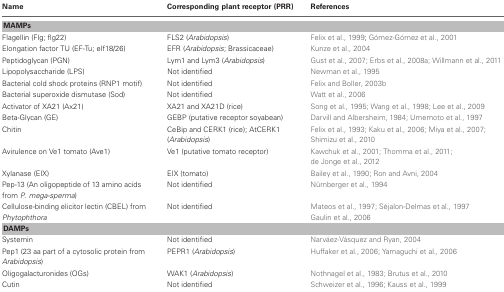
<table><thead><tr><td><b>Name</b></td><td><b>Corresponding plant receptor (PRR)</b></td><td><b>References</b></td></tr></thead><tbody><tr><td colspan="3"><b>MAMPs</b></td></tr><tr><td>Flagellin (Flg; flg22)</td><td>FLS2 (<i>Arabidopsis</i>)</td><td>Felix et al., 1999; Gómez-Gómez et al., 2001</td></tr><tr><td>Elongation factor TU (EF-Tu; elf18/26)</td><td>EFR (<i>Arabidopsis</i>; Brassicaceae)</td><td>Kunze et al., 2004</td></tr><tr><td>Peptidoglycan (PGN)</td><td>Lym1 and Lym3 (<i>Arabidopsis</i>)</td><td>Gust et al., 2007; Erbs et al., 2008a; Willmann et al., 2011</td></tr><tr><td>Lipopolysaccharide (LPS)</td><td>Not identified</td><td>Newman et al., 1995</td></tr><tr><td>Bacterial cold shock proteins (RNP1 motif)</td><td>Not identified</td><td>Felix and Boller, 2003b</td></tr><tr><td>Bacterial superoxide dismutase (Sod)</td><td>Not identified</td><td>Watt et al., 2006</td></tr><tr><td>Activator of XA21 (Ax21)</td><td>XA21 and XA21D (rice)</td><td>Song et al., 1995; Wang et al., 1998; Lee et al., 2009</td></tr><tr><td>Beta-Glycan (GE)</td><td>GEBP (putative receptor soyabean)</td><td>Darvill and Albersheim, 1984; Umemoto et al., 1997</td></tr><tr><td>Chitin</td><td>CeBip and CERK1 (rice); AtCERK1 (<i>Arabidopsis</i>)</td><td>Felix et al., 1993; Kaku et al., 2006; Miya et al., 2007;Shimizu et al., 2010</td></tr><tr><td>Avirulence on Ve1 tomato (Ave1)</td><td>Ve1 (putative tomato receptor)</td><td>Kawchuk et al., 2001; Thomma et al., 2011;de Jonge et al., 2012</td></tr><tr><td>Xylanase (EIX)</td><td>EIX (tomato)</td><td>Bailey et al., 1990; Ron and Avni, 2004</td></tr><tr><td>Pep-13 (An oligopeptide of 13 amino acids from <i>P</i>. <i>mega-sperma</i>)</td><td>Not identified</td><td>Nürnberger et al., 1994</td></tr><tr><td>Cellulose-binding elicitor lectin (CBEL) from <i>Phytophthora</i></td><td>Not identified</td><td>Mateos et al., 1997; Séjalon-Delmas et al., 1997 Gaulin et al., 2006</td></tr><tr><td colspan="3"><b>DAMPs</b></td></tr><tr><td>Systemin</td><td>Not identified</td><td>Narváez-Vásquez and Ryan, 2004</td></tr><tr><td>Pep1 (23 aa part of a cytosolic protein from <i>Arabidopsis</i>)</td><td>PEPR1 (<i>Arabidopsis</i>)</td><td>Huffaker et al., 2006; Yamaguchi et al., 2006</td></tr><tr><td>Oligogalacturonides (OGs)</td><td>WAK1 (<i>Arabidopsis</i>)</td><td>Nothnagel et al., 1983; Brutus et al., 2010</td></tr><tr><td>Cutin</td><td>Not identified</td><td>Schweizer et al., 1996; Kauss et al., 1999</td></tr></tbody></table>